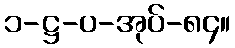
၁-ဋ္ဌ-ပ-အုပ်-၈၄။